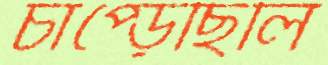
চাপ্‌ড়েছিলি